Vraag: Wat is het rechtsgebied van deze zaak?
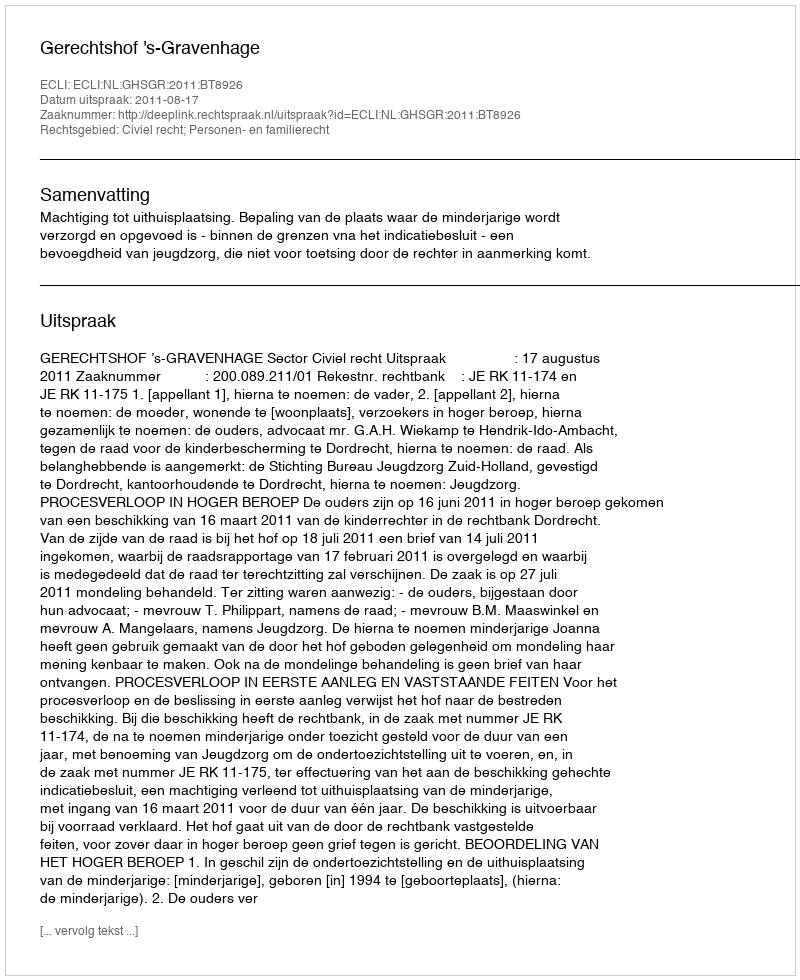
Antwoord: Civiel recht; Personen- en familierecht